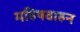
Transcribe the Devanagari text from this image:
महिषवाहन